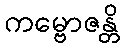
ကမ္ဗောဇန္တိ